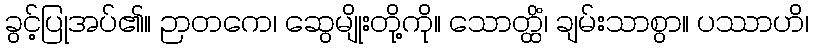
ခွင့်ပြုအပ်၏။ ဉာတကေ၊ ဆွေမျိုးတို့ကို။ သောတ္ထိံ၊ ချမ်းသာစွာ။ ပဿာဟိ၊